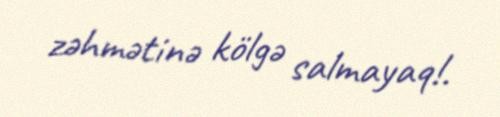
zəhmətinə kölgə salmayaq!.